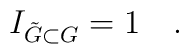
I_{\tilde{G}\subset G} = 1 \quad .